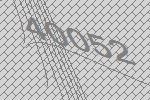
40052